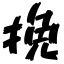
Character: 挽